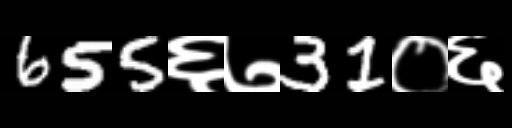
Text: 655६७31०६